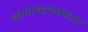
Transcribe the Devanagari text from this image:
कामान्कामकामाय